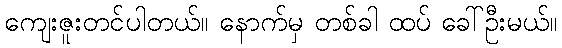
ကျေးဇူးတင်ပါတယ်။ နောက်မှ တစ်ခါ ထပ် ခေါ်ဦးမယ်။